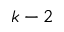
k - 2